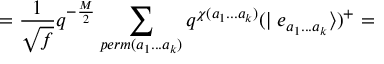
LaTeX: = \frac { 1 } { \sqrt { f } } q ^ { - \frac { M } { 2 } } \sum _ { p e r m ( a _ { 1 } . . . a _ { k } ) } q ^ { \chi ( a _ { 1 } . . . a _ { k } ) } ( \mid e _ { a _ { 1 } . . . a _ { k } } \rangle ) ^ { + } =